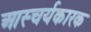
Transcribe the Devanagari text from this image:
आस्चर्यकारक